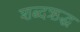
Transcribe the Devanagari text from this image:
शब्दऋद्ध